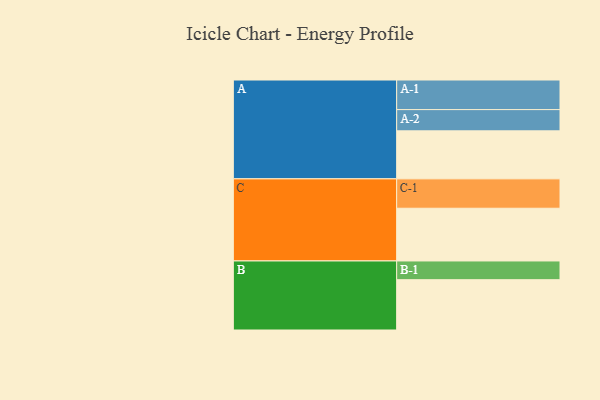
{"axis": {"x": "Segment", "y": "Value"}, "legend": ["", "A", "B", "C"], "data": [{"x": "A", "y": 459, "type": ""}, {"x": "B", "y": 481, "type": ""}, {"x": "C", "y": 504, "type": ""}, {"x": "A-1", "y": 283, "type": "A"}, {"x": "A-2", "y": 203, "type": "A"}, {"x": "B-1", "y": 179, "type": "B"}, {"x": "C-1", "y": 281, "type": "C"}]}